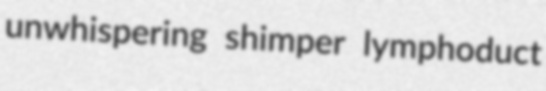
unwhispering shimper lymphoduct